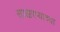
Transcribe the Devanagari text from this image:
साखरप्याच्या